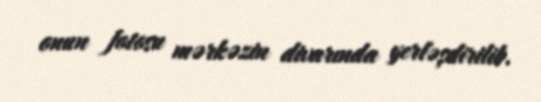
onun fotosu mərkəzin divarında yerləşdirilib.